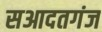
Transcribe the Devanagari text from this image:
सआदतगंज